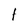
Character: t